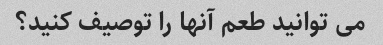
می توانید طعم آنها را توصیف کنید؟